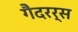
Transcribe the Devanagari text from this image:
गैदरर्स